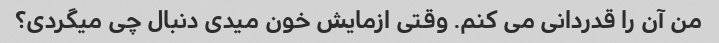
من آن را قدردانی می کنم. وقتی ازمایش خون میدی دنبال چی میگردی؟